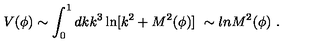
V ( \phi ) \sim \int _ { 0 } ^ { 1 } d k k ^ { 3 } \ln [ k ^ { 2 } + M ^ { 2 } ( \phi ) ] \ \sim l n M ^ { 2 } ( \phi ) \ .